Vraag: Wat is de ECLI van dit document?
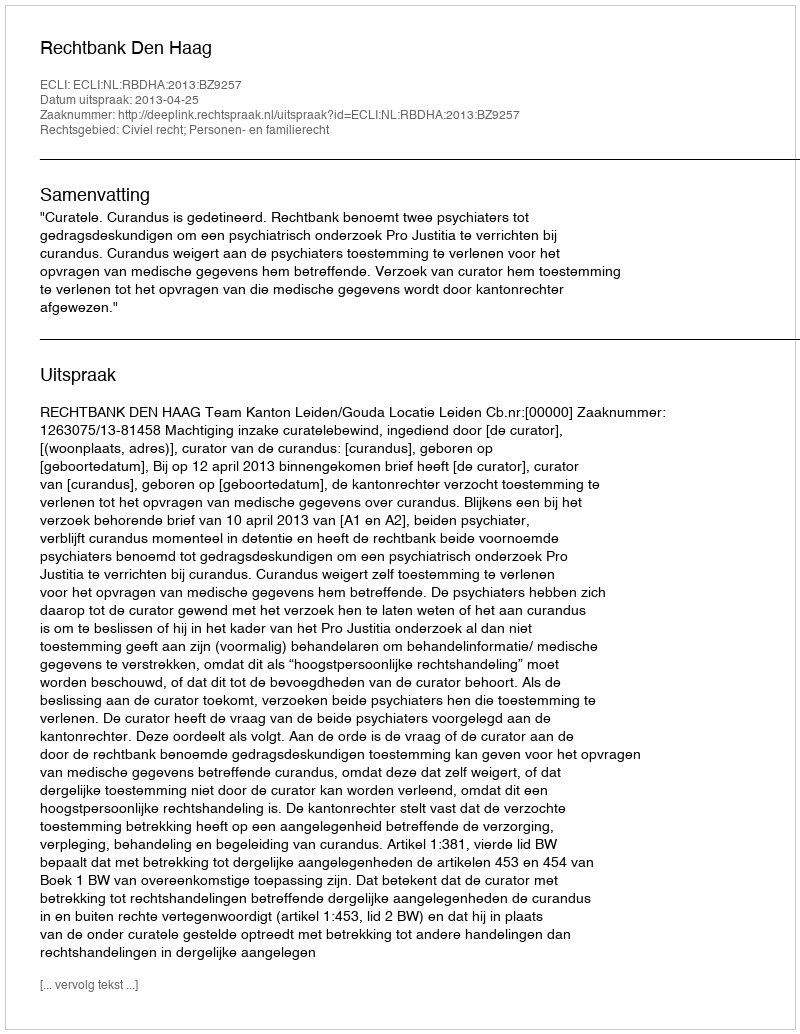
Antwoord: ECLI:NL:RBDHA:2013:BZ9257